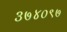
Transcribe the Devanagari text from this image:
३७४०९७